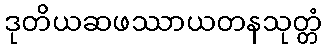
ဒုတိယဆဖဿာယတနသုတ္တံ